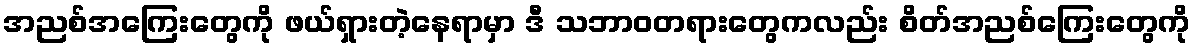
အညစ်အကြေးတွေကို ဖယ်ရှားတဲ့နေရာမှာ ဒီ သဘာဝတရားတွေကလည်း စိတ်အညစ်ကြေးတွေကို